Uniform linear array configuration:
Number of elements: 48
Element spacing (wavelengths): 1
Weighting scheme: uniform
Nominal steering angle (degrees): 0
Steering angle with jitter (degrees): -1.683
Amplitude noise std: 0.05
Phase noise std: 0.05

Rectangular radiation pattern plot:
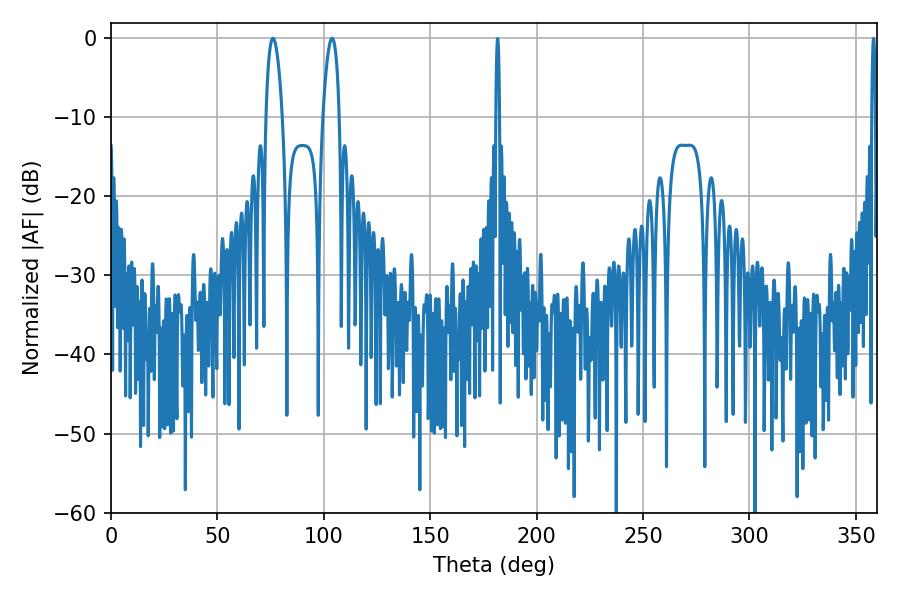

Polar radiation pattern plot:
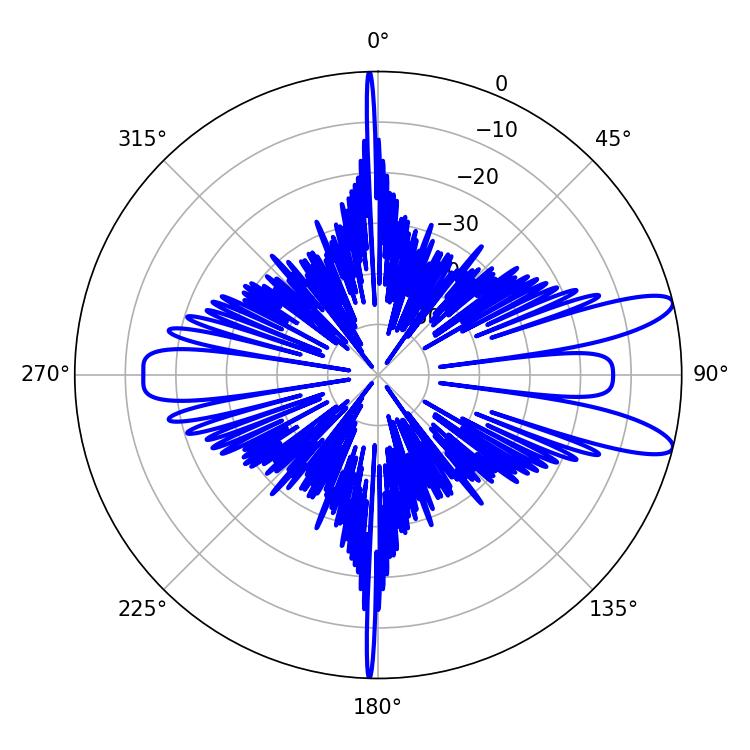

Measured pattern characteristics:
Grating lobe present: TRUE
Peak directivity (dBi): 11.108
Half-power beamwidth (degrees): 4.32
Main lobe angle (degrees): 76.14